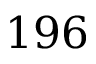
1 9 6